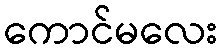
ကောင်မလေး